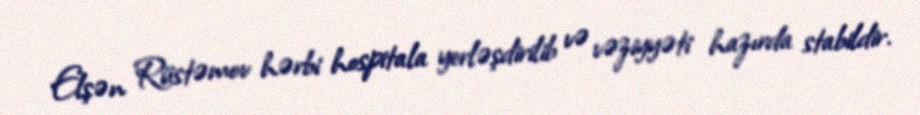
Elşən Rüstəmov hərbi hospitala yerləşdirilib və vəziyyəti hazırda stabildir.